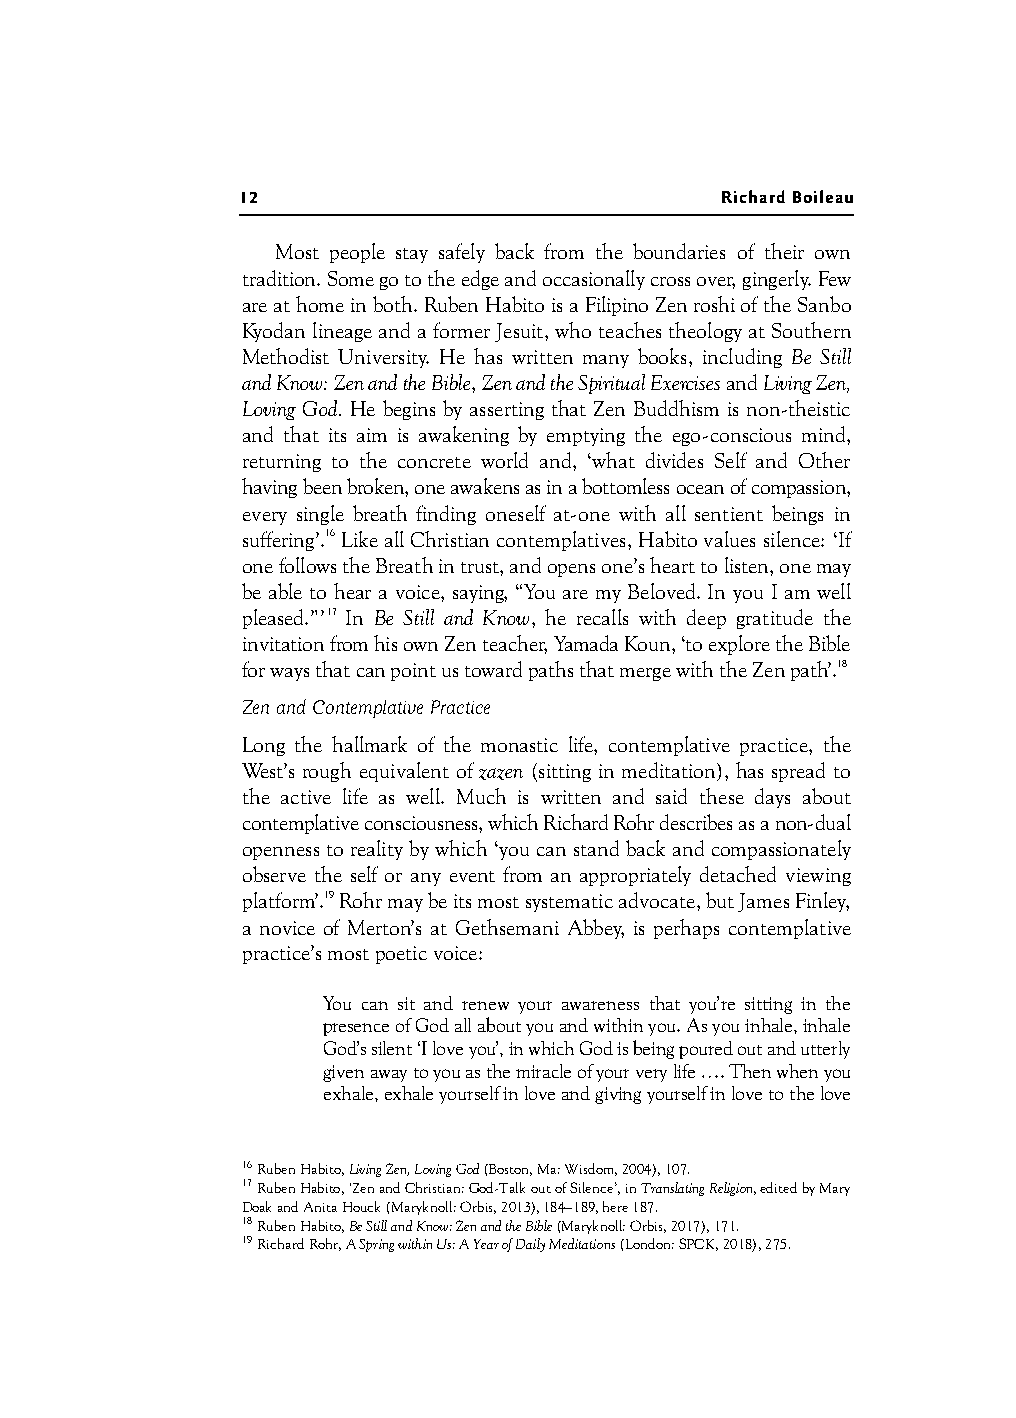
12                              Richard Boileau
 Most people stay safely back from the boundaries of their own
 tradition. Some go to the edge and occasionally cross over, gingerly. Few
 are at home in both. Ruben Habito is a Filipino Zen roshi of the Sanbo
 Kyodan lineage and a former Jesuit, who teaches theology at Southern
 Methodist University. He has written many books, including Be Still
 and Know: Zen and the Bible, Zen and the Spiritual Exercises and Living Zen,
 Loving God. He begins by asserting that Zen Buddhism is non-theistic
 and that its aim is awakening by emptying the ego-conscious mind,
 returning to the concrete world and, ‘what divides Self and Other
 having been broken, one awakens as in a bottomless ocean of compassion,
 every single breath finding oneself at-one with all sentient beings in
 suffering’.16 Like all Christian contemplatives, Habito values silence: ‘If
 one follows the Breath in trust, and opens one’s heart to listen, one may
 be able to hear a voice, saying, “You are my Beloved. In you I am well
 pleased.”’17 In Be Still and Know, he recalls with deep gratitude the
 invitation from his own Zen teacher, Yamada Koun, ‘to explore the Bible
 for ways that can point us toward paths that merge with the Zen path’.18
 Zen and Contemplative Practice
 Long the hallmark of the monastic life, contemplative practice, the
 West’s rough equivalent of zazen (sitting in meditation), has spread to
 the active life as well. Much is written and said these days about
 contemplative consciousness, which Richard Rohr describes as a non-dual
 openness to reality by which ‘you can stand back and compassionately
 observe the self or any event from an appropriately detached viewing
 platform’.19 Rohr may be its most systematic advocate, but James Finley,
 a novice of Merton’s at Gethsemani Abbey, is perhaps contemplative
 practice’s most poetic voice:
 You can sit and renew your awareness that you’re sitting in the
 presence of God all about you and within you. As you inhale, inhale
 God’s silent ‘I love you’, in which God is being poured out and utterly
 given away to you as the miracle of your very life …. Then when you
 exhale, exhale yourself in love and giving yourself in love to the love
 16 Ruben Habito, Living Zen, Loving God (Boston, Ma: Wisdom, 2004), 107.
 17 Ruben Habito, ‘Zen and Christian: God-Talk out of Silence’, in Translating Religion, edited by Mary
 Doak and Anita Houck (Maryknoll: Orbis, 2013), 184–189, here 187.
 18 Ruben Habito, Be Still and Know: Zen and the Bible (Maryknoll: Orbis, 2017), 171.
 19 Richard Rohr, A Spring within Us: A Year of Daily Meditations (London: SPCK, 2018), 275.